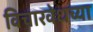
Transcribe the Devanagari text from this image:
विचारवेधच्या